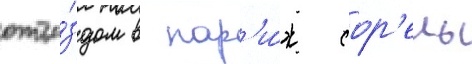
отъе́здом в пар'и́ж сор'ель